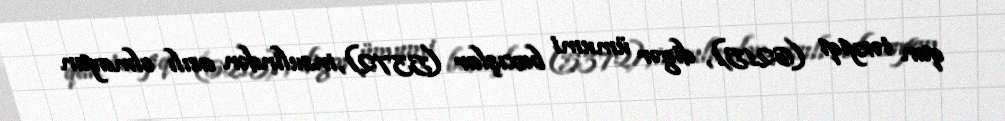
qan təzyiqi (6215), digər ümumi baxışlar (5372), insulindən asılı olmayan